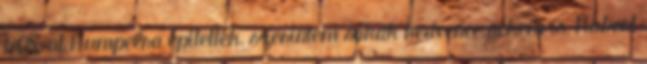
1×08-at Rumpelra építették, szerintem sokak kedvence nekem is, Robert